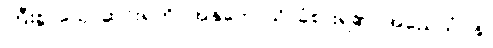
ကြီးစွာသောဆင်းရဲကို။ အနုဘောသိ၊ ခံစားရ၏။ အညေသံပန၊